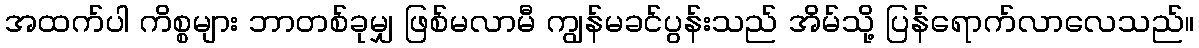
အထက်ပါ ကိစ္စများ ဘာတစ်ခုမျှ ဖြစ်မလာမီ ကျွန်မခင်ပွန်းသည် အိမ်သို့ ပြန်ရောက်လာလေသည်။